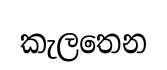
කැලතෙන